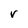
Character: V